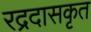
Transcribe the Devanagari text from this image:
रद्रदासकृत